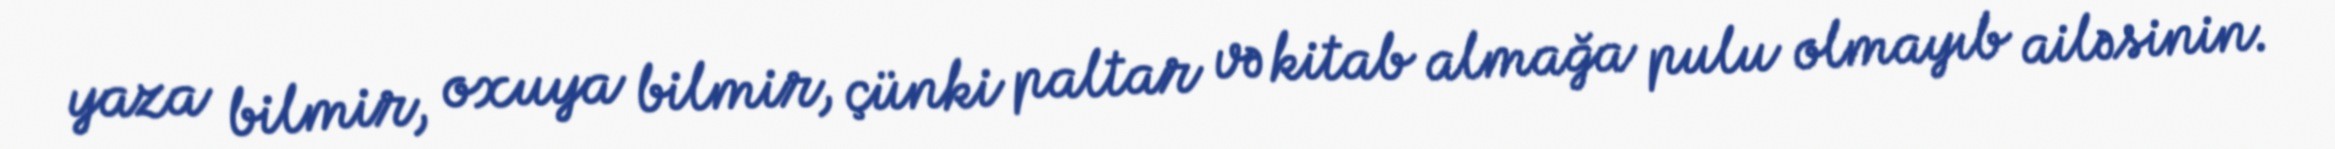
yaza bilmir, oxuya bilmir, çünki paltar və kitab almağa pulu olmayıb ailəsinin.